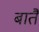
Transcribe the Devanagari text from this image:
बातैं